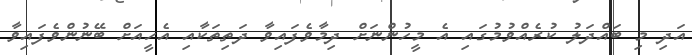
އަދި މި ބައްދަލު ކުރެއްވުމުގައި އެ މީހުންނަށް ދިމާވެފައިވާ ދަތިތަކާއި އެހީއަށް ބޭނުންވެފައިވާ